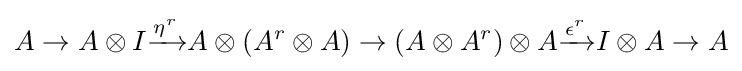
A\to A\otimes I{\xrightarrow {\eta ^{r}}}A\otimes (A^{r}\otimes A)\to (A\otimes A^{r})\otimes A{\xrightarrow {\epsilon ^{r}}}I\otimes A\to A